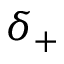
\delta _ { + }